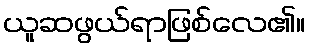
ယူဆဖွယ်ရာဖြစ်လေ၏။